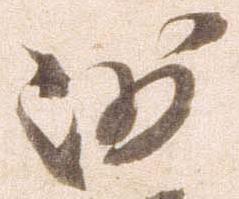
沙